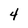
Character: 4